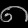
Digit: ၈